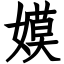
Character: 嫫